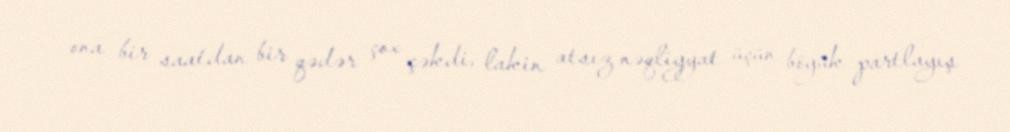
ona bir saatdan bir qədər çox çəkdi, lakin atsız nəqliyyat üçün böyük partlayış